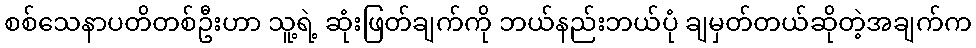
စစ်သေနာပတိတစ်ဦးဟာ သူ့ရဲ့ ဆုံးဖြတ်ချက်ကို ဘယ်နည်းဘယ်ပုံ ချမှတ်တယ်ဆိုတဲ့အချက်က